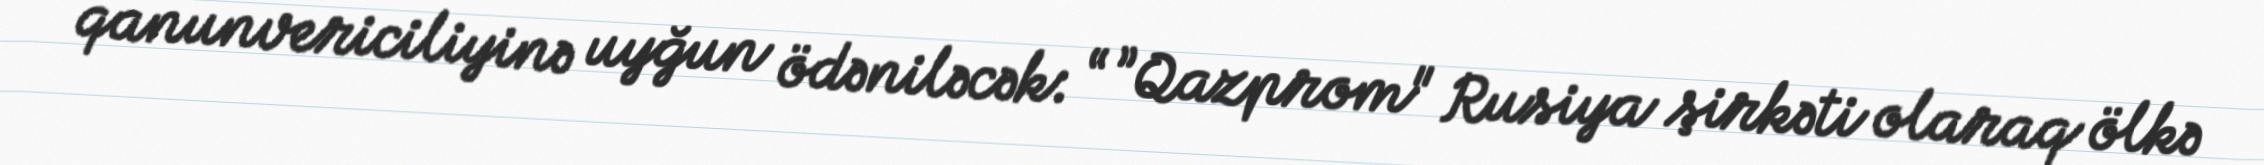
qanunvericiliyinə uyğun ödəniləcək: “ ”Qazprom" Rusiya şirkəti olaraq ölkə